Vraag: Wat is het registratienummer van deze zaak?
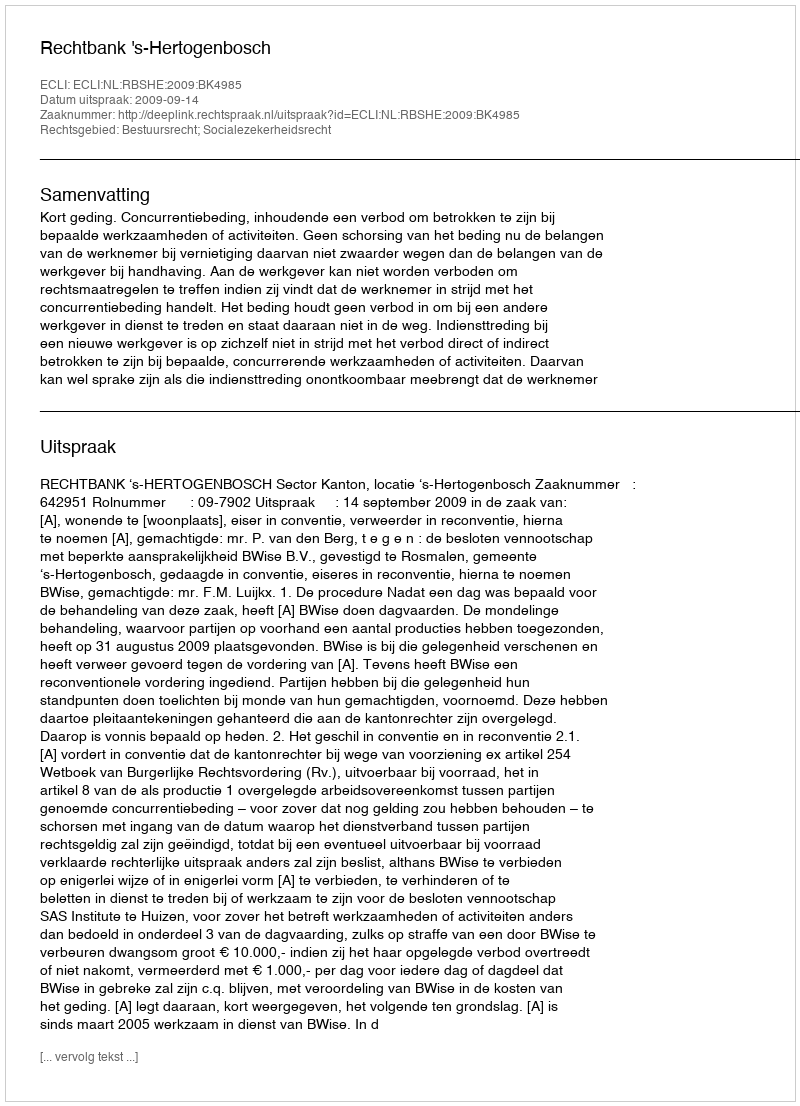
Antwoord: http://deeplink.rechtspraak.nl/uitspraak?id=ECLI:NL:RBSHE:2009:BK4985